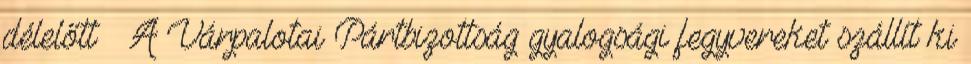
délelőtt – A Várpalotai Pártbizottság gyalogsági fegyvereket szállít ki